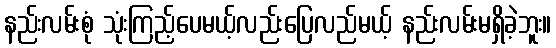
နည်းလမ်းစုံ သုံးကြည့်ပေမယ့်လည်းပြေလည်မယ့် နည်းလမ်းမရှိခဲ့ဘူး။